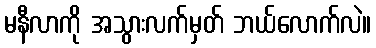
မနီလာကို အသွားလက်မှတ် ဘယ်လောက်လဲ။